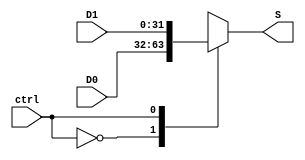
module Multiplexer_AC
  # (parameter W = 32)
  (
    input wire ctrl,
    input wire [W-1:0] D0,
    input wire [W-1:0] D1,
    output reg [W-1:0] S

    );


   always @(ctrl, D0, D1)
      case (ctrl)
         1'b0: S <= D0;
         1'b1: S <= D1;
      endcase

endmodule